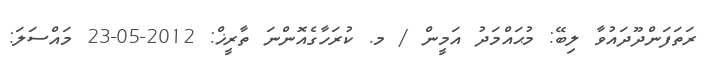
ރަތަފަންދޫދައުވާ ލިބޭ: މުޙައްމަދު އަމީން / މ. ކުރަހާގެއޮންނަ ތާރީޚް: 2012-05-23 މައްސަލަ: